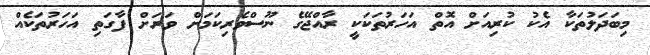
މިބަދަލުތަކާ އެކު ކުރިއަށް އޮތް އަހަރުތަކަކީ ރާއްޖޭގެ ނޫސްވެރިކަމަށް ވަރަށް ފާގަތި އަހަރުތަކެއް